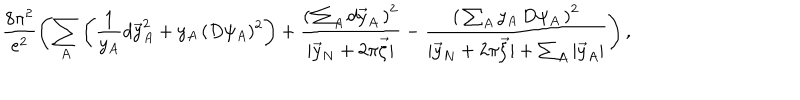
\frac { 8 \pi ^ { 2 } } { e ^ { 2 } } \left( \sum _ { A } \left( \frac { 1 } { y _ { A } } d \vec { y } _ { A } ^ { 2 } + y _ { A } \, ( D \psi _ { A } ) ^ { 2 } \right) + \frac { \left( \, \sum _ { A } d \vec { y } _ { A } \, \right) ^ { 2 } } { | \vec { y } _ { N } + 2 \pi \vec { \zeta } | } - \frac { \left( \, \sum _ { A } y _ { A } \, D \psi _ { A } \, \right) ^ { 2 } } { | \vec { y } _ { N } + 2 \pi \vec { \zeta } | + \sum _ { A } | \vec { y } _ { A } | } \right) ,